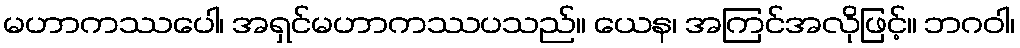
မဟာကဿပေါ၊ အရှင်မဟာကဿပသည်။ ယေန၊ အကြင်အလိုဖြင့်။ ဘဂဝါ၊